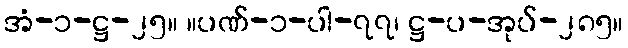
အံ-၁-ဋ္ဌ-၂၅။ ။ပဏ်-၁-ပါ-၇၇၊ ဋ္ဌ-ပ-အုပ်-၂၈၅။